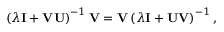
\left( \lambda \mathbf { I } + \mathbf { V } \mathbf { U } \right) ^ { - 1 } \mathbf { V } = \mathbf { V } \left( \lambda \mathbf { I } + \mathbf { U } \mathbf { V } \right) ^ { - 1 } ,